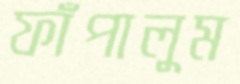
ফাঁপালুম